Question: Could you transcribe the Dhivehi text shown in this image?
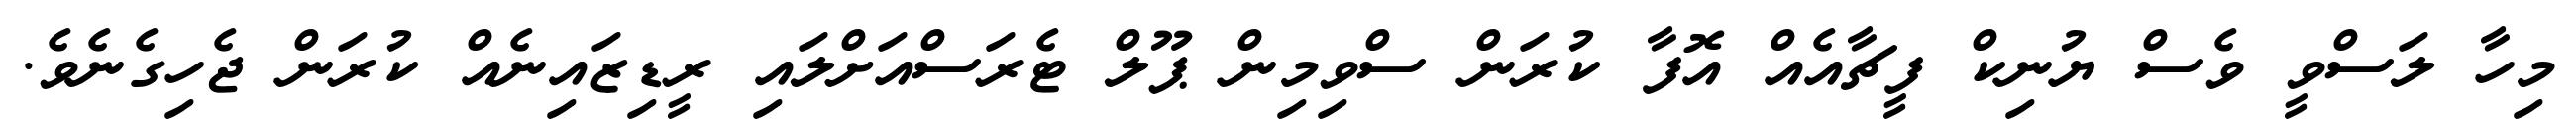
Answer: މިހާ ލަސްވީ ވެސް ޔުނިކް ފީޗާއެއް އޮފާ ކުރަން ސްވިމިން ޕޫލް ޓެރަސްއަށްލައި ރީޑިޒައިނެއް ކުރަން ޖެހިގެނެވެ.